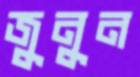
জুনুন